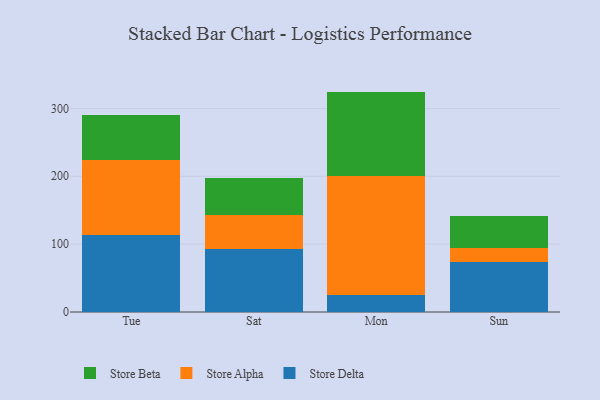
{"axis": {"x": "Day", "y": "Demand Index"}, "legend": ["Store Alpha", "Store Beta", "Store Delta"], "data": [{"x": "Tue", "y": 113.8, "type": "Store Delta"}, {"x": "Tue", "y": 110.0, "type": "Store Alpha"}, {"x": "Tue", "y": 67.0, "type": "Store Beta"}, {"x": "Sat", "y": 92.9, "type": "Store Delta"}, {"x": "Sat", "y": 50.0, "type": "Store Alpha"}, {"x": "Sat", "y": 53.9, "type": "Store Beta"}, {"x": "Mon", "y": 24.5, "type": "Store Delta"}, {"x": "Mon", "y": 175.5, "type": "Store Alpha"}, {"x": "Mon", "y": 124.8, "type": "Store Beta"}, {"x": "Sun", "y": 73.9, "type": "Store Delta"}, {"x": "Sun", "y": 20.1, "type": "Store Alpha"}, {"x": "Sun", "y": 47.7, "type": "Store Beta"}]}